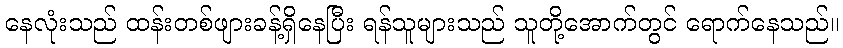
နေလုံးသည် ထန်းတစ်ဖျားခန့်ရှိနေပြီး ရန်သူများသည် သူတို့အောက်တွင် ရောက်နေသည်။